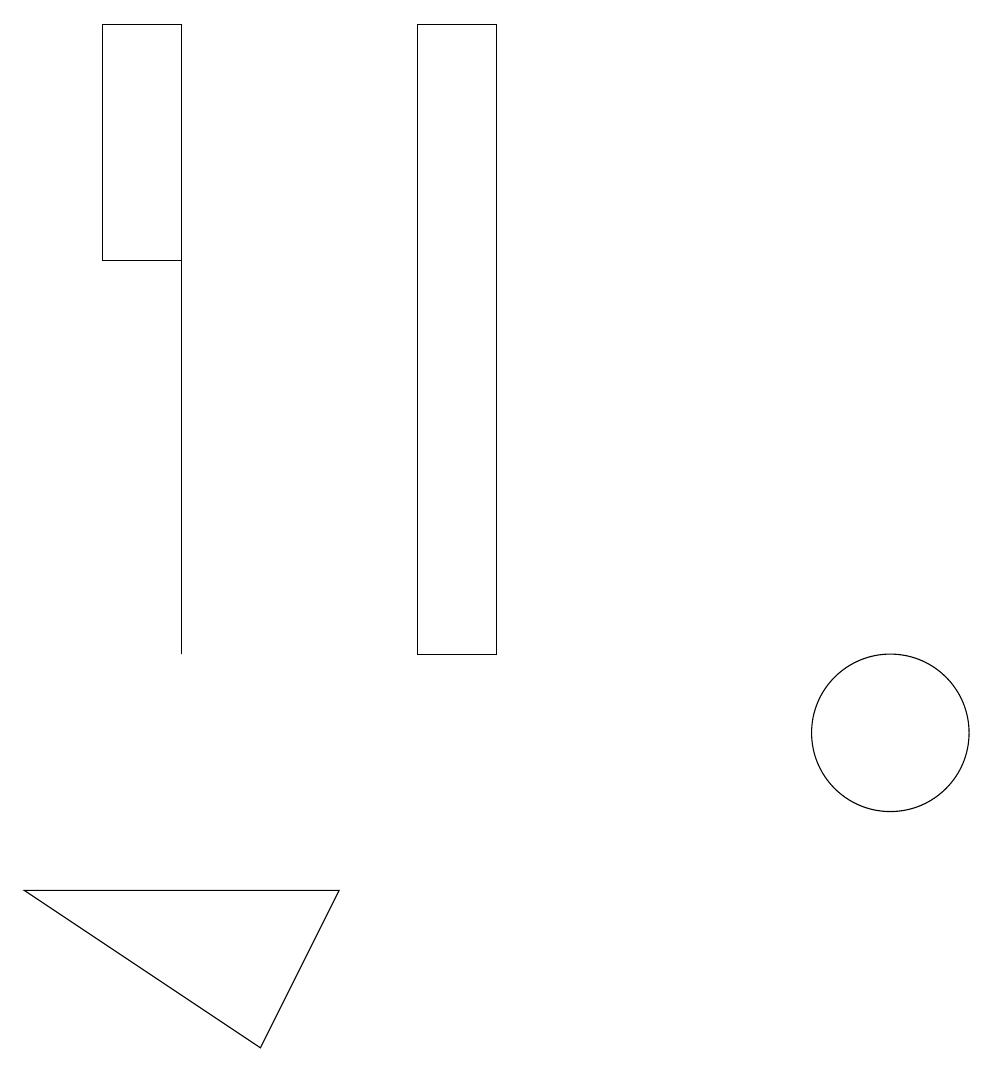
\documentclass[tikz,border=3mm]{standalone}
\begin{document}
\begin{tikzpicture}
\draw (5,8) -- (1,8) -- (4,6) -- cycle;
\draw (3,19) rectangle (2,16);
\draw (3,11) rectangle (3,16);
\draw (6,11) rectangle (7,19);
\draw (12,10) circle (1);
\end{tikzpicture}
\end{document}